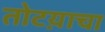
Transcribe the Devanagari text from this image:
तोटय़ाचा